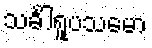
သင်္ခါရူပသမော